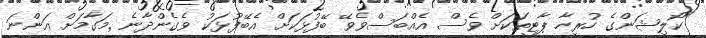
"ކޯލިޝަންގެ ހުރިހާ ޕާޓީތަކަށް ވެސް އެއްބަސްވެވޭ ބޭފުޅަކަށް އެބޭފުޅަކު ވެގެންދާނެ